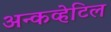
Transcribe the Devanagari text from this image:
अन्कव्हेटिल